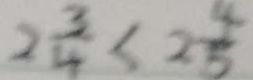
2 \frac { 3 } { 4 } < 2 \frac { 4 } { 5 }